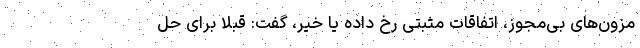
مزون‌های بی‌مجوز، اتفاقات مثبتی رخ داده یا خیر، گفت: قبلا برای حل